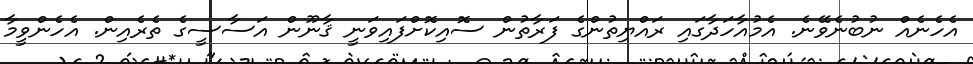
އެހެނެއް ނުބުނެވޭނެ. އެމުއާހަދާގައި ރައްޔިތުންގެ ފަރާތުން ސޮއިކޮށްފައިވަނީ ޤާނޫން އަސާސީގެ ތެރެއިން. އެހެންވީމާ